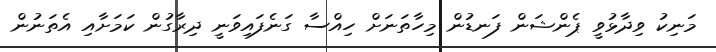
މަނިކު ވިދާޅުވީ ޕެންޝަން ފަނޑުން މިހާތަނަށް ހިއްސާ ގަނެފައިވަނީ ދިރާގުން ކަމަށާއި އެތަނުން